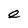
Character: e